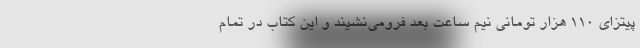
پیتزای 110 هزار تومانی نیم ساعت بعد فرومی‌نشیند و این کتاب در تمام